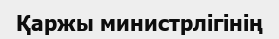
Қаржы министрлігінің